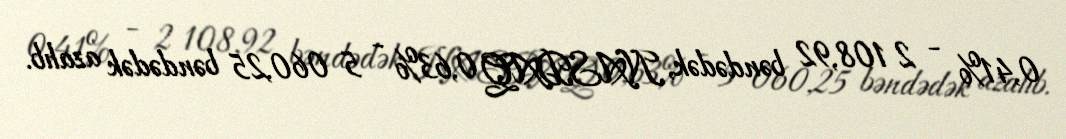
0,41% - 2 108,92 bəndədək, NASDAQ 0,63% - 5 060,25 bəndədək azalıb.